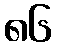
၈၆